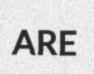
ARE